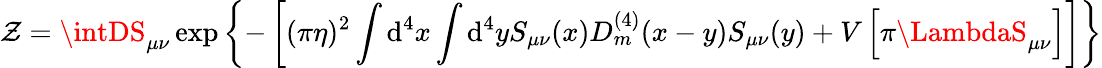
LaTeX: {\cal\mathcal{Z}}=\intDS_{\mu\nu}\exp\left\{ -\left[(\pi\eta)^{2}\int\mathrm{d}^{4}x\int\mathrm{d}^{4}yS_{\mu\nu}(x)D_{m}^{(4)}(x-y)S_{\mu\nu}(y)+V\left[\pi\LambdaS_{\mu\nu}\right]\right]\right\}